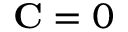
\mathbf { C } = 0